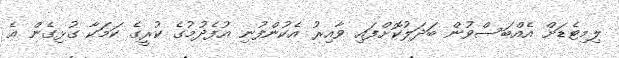
ލިމިޓެޑަށް އެއްބަސްވުން ބަދަލުކޮށްފައި ވާއިރު އެކުންފުނި އުފެދުމުގެ ކުރީގެ ކަމަކާ ގުޅިގެން އެ